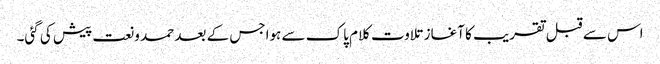
اس سے قبل تقریب کا آغاز تلاوت کلام پاک سے ہواجس کے بعد حمد ونعت پیش کی گئی۔